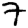
Digit: 7